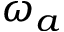
\omega _ { a }